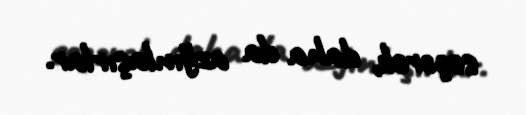
seçərək, daha da azğınlaşırlar.